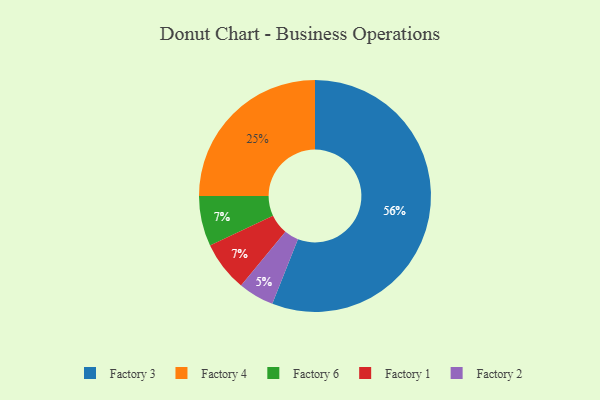
{"axis": {"x": "Category", "y": "Percentage"}, "legend": ["Factory 1", "Factory 2", "Factory 3", "Factory 4", "Factory 6"], "data": [{"x": "Factory 6", "y": 7, "type": "Factory 6"}, {"x": "Factory 3", "y": 56, "type": "Factory 3"}, {"x": "Factory 4", "y": 25, "type": "Factory 4"}, {"x": "Factory 2", "y": 5, "type": "Factory 2"}, {"x": "Factory 1", "y": 7, "type": "Factory 1"}]}